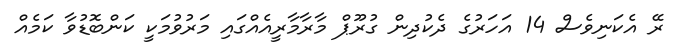
ރޭ އެކަނިވެސް 14 އަހަރުގެ ދެކުދިން ގުރޫޕް މާރާމާރީއެއްގައި މަރުވުމަކީ ކަންބޮޑުވާ ކަމެއް